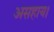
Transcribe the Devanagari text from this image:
असहाय।